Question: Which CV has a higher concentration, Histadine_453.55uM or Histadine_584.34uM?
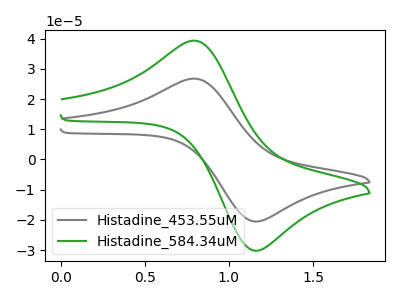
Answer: <think>The gray curve "Histadine_453.55uM" has an anodic peak at (0.80V, 26.75uA) and a cathodic peak at (1.15V, -20.45uA). The green curve "Histadine_584.34uM" has an anodic peak at (0.80V, 39.35uA) and a cathodic peak at (1.15V, -30.05uA).
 All the peaks in "Histadine_453.55uM" have a peak in "Histadine_584.34uM" at the same potential. Every peak in "Histadine_453.55uM" is lower than every peak in "Histadine_584.34uM".</think>
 <answer>"Histadine_453.55uM" has less signal than "Histadine_584.34uM" and so likely has a lower concentration.</answer>
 <eval>less_concentration</eval>